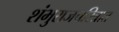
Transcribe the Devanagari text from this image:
शंभुराजचरित्रात